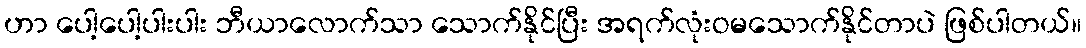
ဟာ ပေါ့ပေါ့ပါးပါး ဘီယာလောက်သာ သောက်နိုင်ပြီး အရက်လုံးဝမသောက်နိုင်တာပဲ ဖြစ်ပါတယ်။